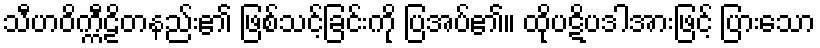
သီဟဝိက္ကီဠိတနည်း၏ ဖြစ်သင့်ခြင်းကို ပြအပ်၏။ ထိုပဋိပဒါအားဖြင့် ပြားသော